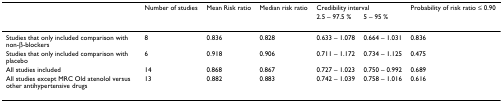
<table><thead><tr><td></td><td><b>Number of studies</b></td><td><b>Mean Risk ratio</b></td><td><b>Median risk ratio</b></td><td colspan="2"><b>Credibility interval</b></td><td><b>Probability of risk ratio ≤ 0.90</b></td></tr><tr><td></td><td></td><td></td><td></td><td><b>2.5 – 97.5 %</b></td><td><b>5 – 95 %</b></td><td></td></tr></thead><tbody><tr><td>Studies that only included comparison with non-β-blockers</td><td>8</td><td>0.836</td><td>0.828</td><td>0.633 – 1.078</td><td>0.664 – 1.031</td><td>0.836</td></tr><tr><td>Studies that only included comparison with placebo</td><td>6</td><td>0.918</td><td>0.906</td><td>0.711 – 1.172</td><td>0.734 – 1.125</td><td>0.475</td></tr><tr><td>All studies included</td><td>14</td><td>0.868</td><td>0.867</td><td>0.727 – 1.023</td><td>0.750 – 0.992</td><td>0.689</td></tr><tr><td>All studies except MRC Old atenolol versus other antihypertensive drugs</td><td>13</td><td>0.882</td><td>0.883</td><td>0.742 – 1.039</td><td>0.758 – 1.016</td><td>0.616</td></tr></tbody></table>